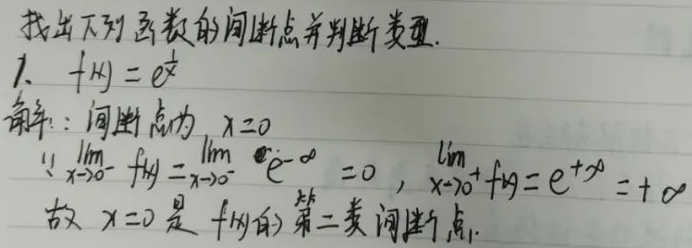
找出下列函数的间断点并判断类型。
1. \(f(x)=e^{\frac{1}{x}}\)
解：间断点为 \(x = 0\)。
\(\because\lim_{x\to0^{-}}f(x)=\lim_{x\to0^{-}}e^{-\infty}=0\)，\(\lim_{x\to0^{+}}f(x)=e^{+\infty}=+\infty\)
故 \(x = 0\) 是 \(f(x)\) 的第二类间断点。